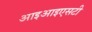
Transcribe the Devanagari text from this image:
आइआइएसटी